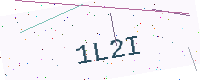
Text: 1L2I